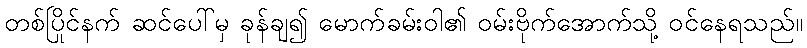
တစ်ပြိုင်နက် ဆင်ပေါ်မှ ခုန်ချ၍ မောက်ခမ်းဝါ၏ ဝမ်းဗိုက်အောက်သို့ ဝင်နေရသည်။